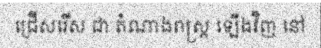
ជ្រើសរើស ជា តំណាងរាស្ត្រ ឡើងវិញ នៅ